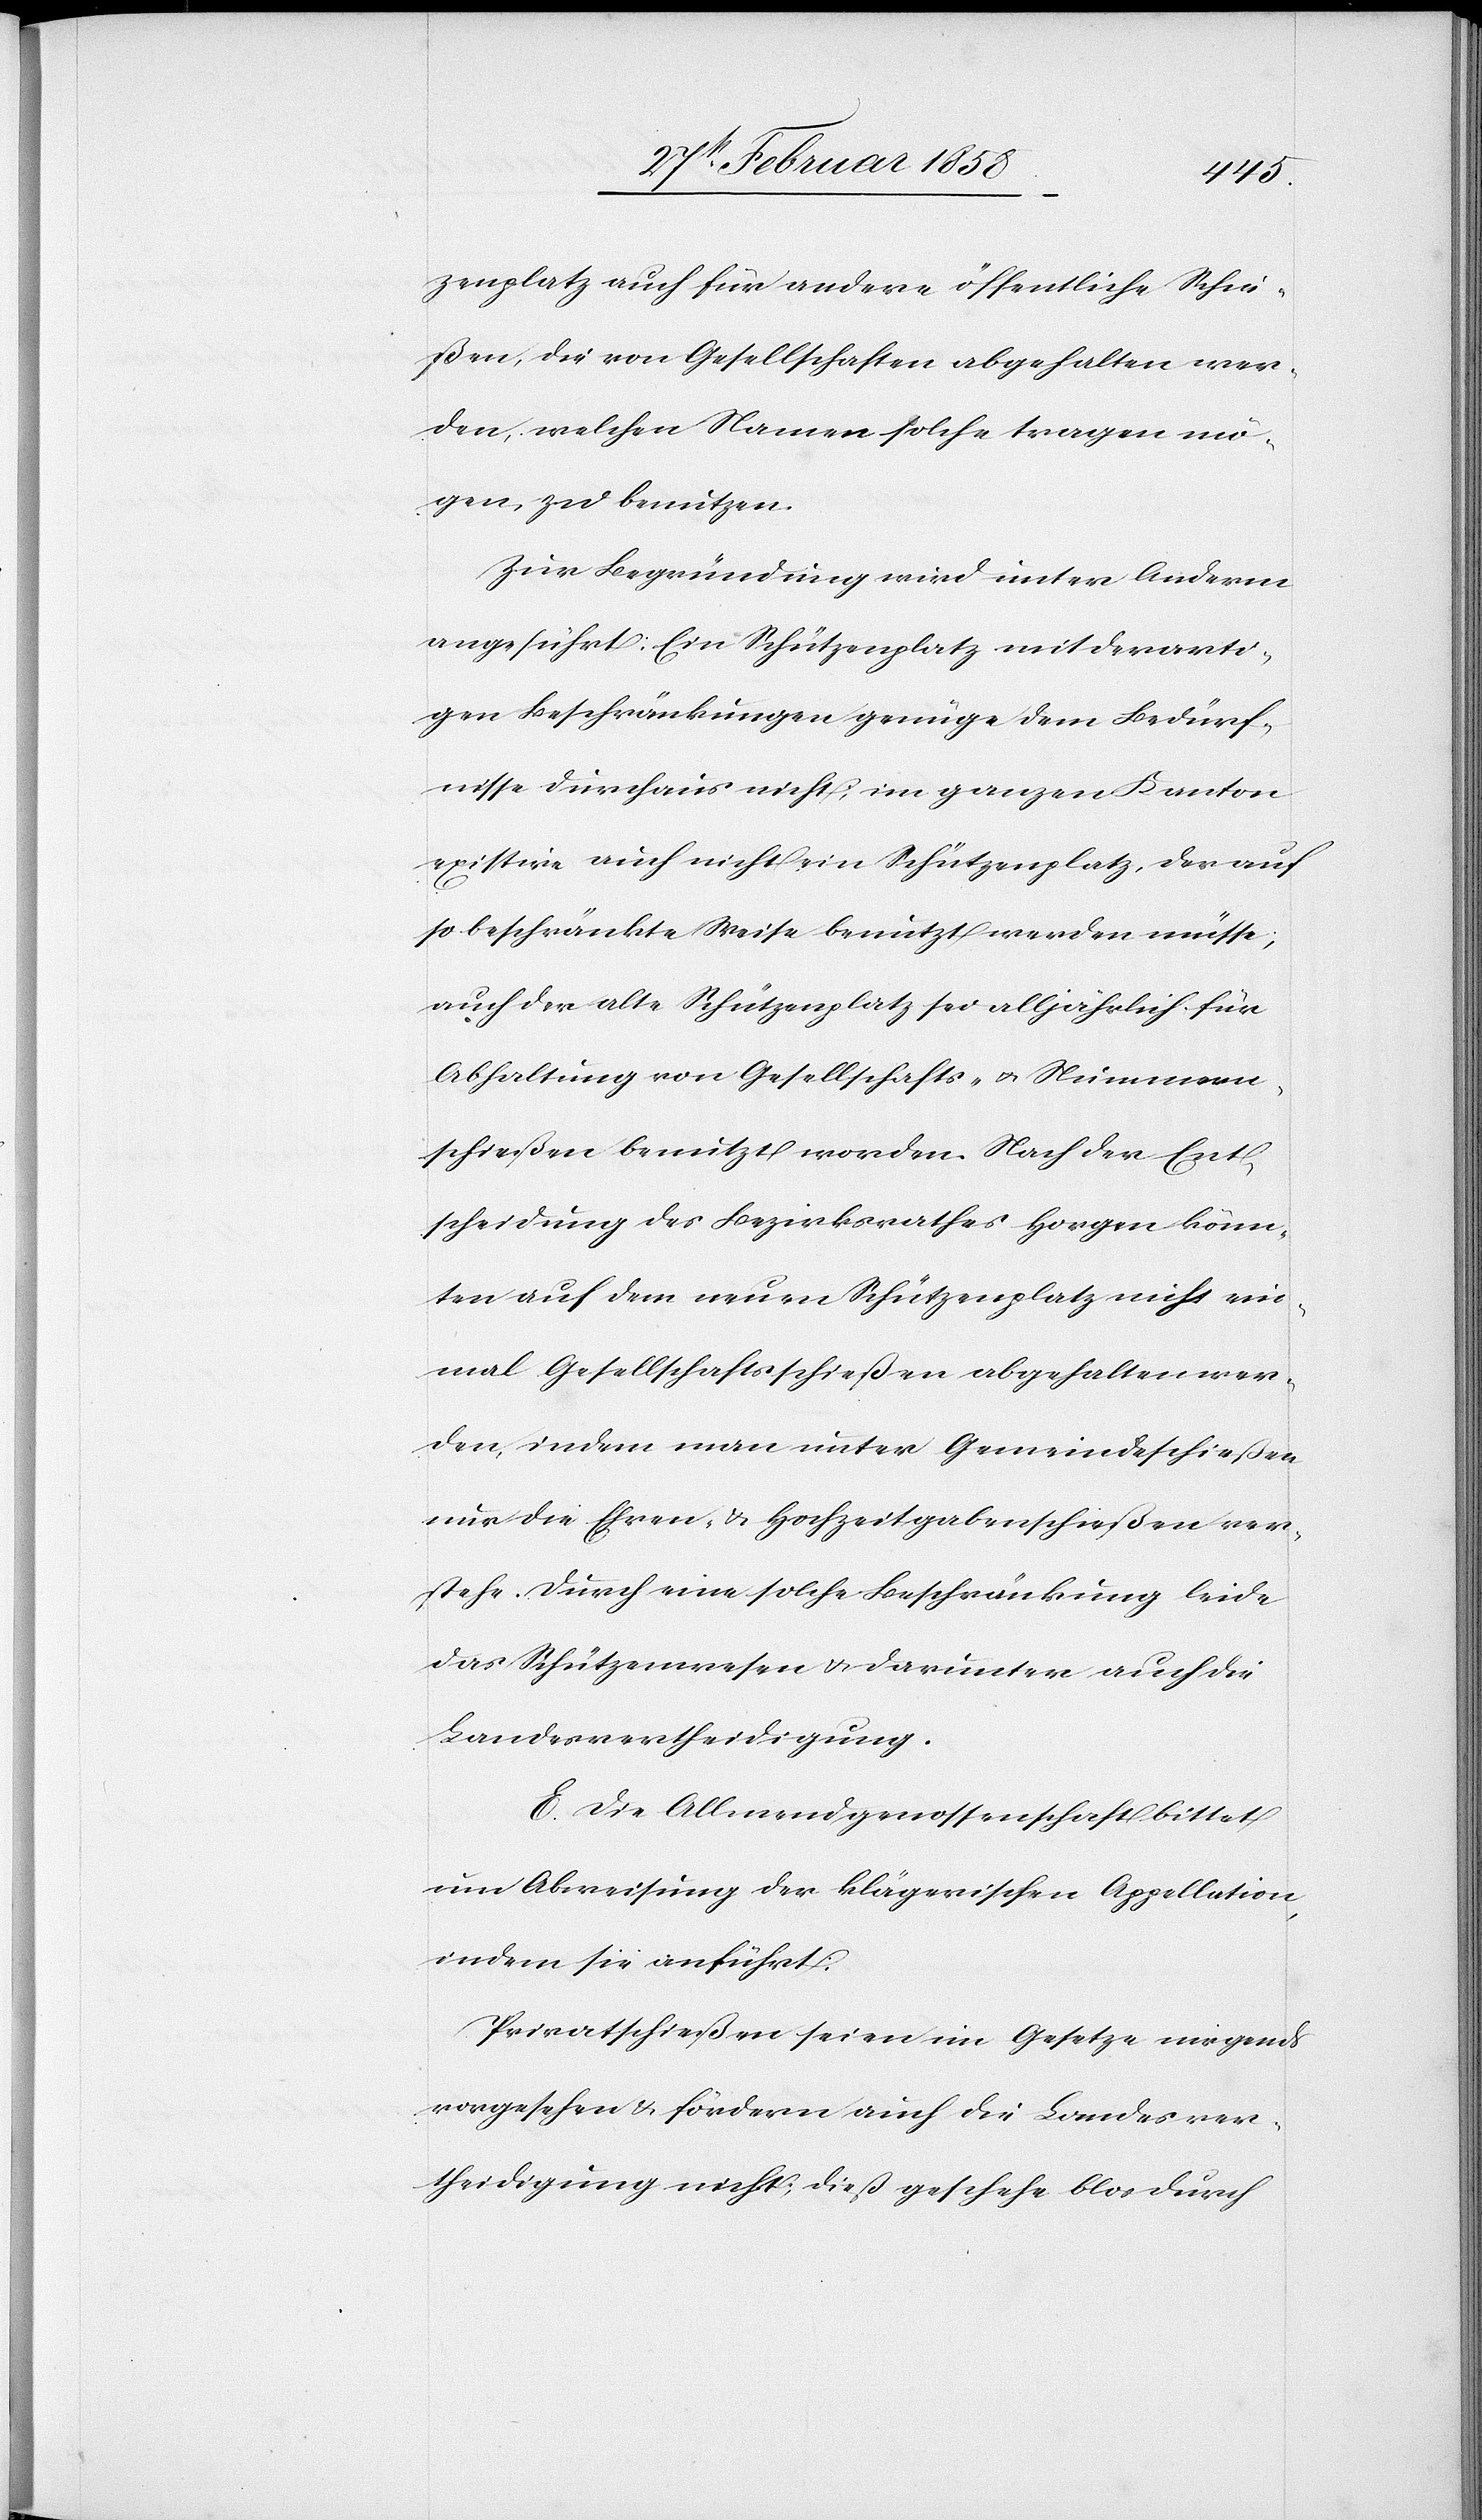
zenplatz auch für andere öffentliche Schie¬
ßen, die von Gesellschaften abgehalten wer¬
den, welchen Namen solche tragen mö¬
gen, zu benutzen.
Zur Begründung wird unter Anderm
angeführt: Ein Schützenplatz mit derarti¬
gen Beschränkungen genüge dem Bedürf¬
nisse durchaus nicht; im ganzen Kanton
existire auch nicht ein Schützenplatz, der auf
so beschränkte Weise benutzt werden müsse;
auch der alte Schützenplatz sei alljährlich für
Abhaltung von Gesellschafts- u. Nummern¬
schießen benutzt worden. Nach der Ent¬
scheidung des Bezirksrathes Horgen könn¬
ten auf dem neuen Schützenplatz nicht ein¬
mal Gesellschaftsschießen abgehalten wer¬
den, indem man unter Gemeindeschießen
nur die ehren- u. Hochzeitgabenschießen ver¬
stehe. Durch eine solche Beschränkung leide
das Schützenwesen u. darunter auch die
Landesvertheidigung.
E. Die Allmendgenossenschaft bittet
um Abweisung der klägerischen Appellation,
indem sie anführt:
Privatschießen seien im Gesetze nirgends
vorgesehen u. fördern auch die Landesver¬
theidigung nicht; dieß geschehe blos durch